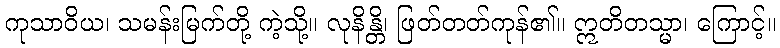
ကုသာဝိယ၊ သမန်းမြက်တို့ ကဲ့သို့။ လုနိန္တိ၊ ဖြတ်တတ်ကုန်၏။ ဣတိတသ္မာ၊ ကြောင့်။